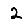
Digit: 2